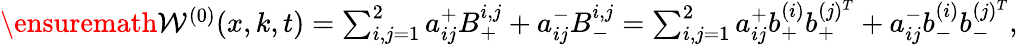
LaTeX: \begin{array}{r}{\ensuremath{\mathcal{W}}^{(0)}(x,k,t)=\sum_{i,j=1}^{2}a_{ij}^{+}B_{+}^{i,j}+a_{ij}^{-}B_{-}^{i,j}=\sum_{i,j=1}^{2}a_{ij}^{+}b_{+}^{(i)}b_{+}^{(j)^{T}}+a_{ij}^{-}b_{-}^{(i)}b_{-}^{(j)^{T}},}\end{array}